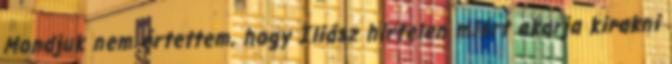
Mondjuk nem értettem, hogy Iliász hirtelen miért akarja kirakni